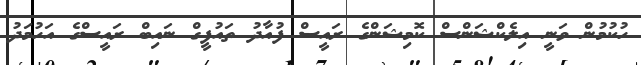
ހުކުމުން ވަނީ އިލެކްޝަންސް ކޮމިޝަންގެ ރައީސް ފުއާދު ތައުފީގް ނައިބް ރައީސްގެ އަހުމަދު